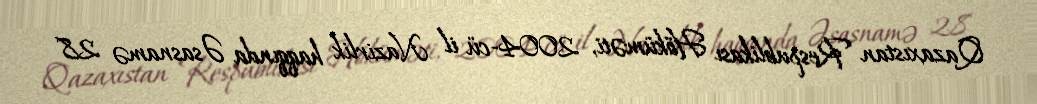
Qazaxıstan Respublikası Höküməti, 2004-cü il Nazirlik haqqında Əsasnamə 28